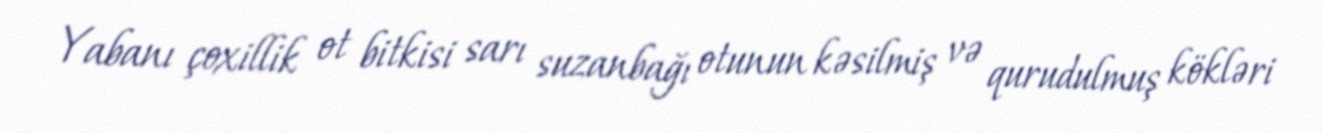
Yabanı çoxillik ot bitkisi sarı suzanbağı otunun kəsilmiş və qurudulmuş kökləri